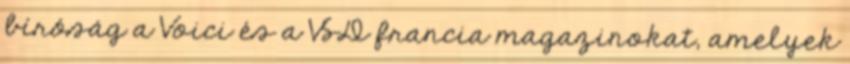
bíróság a Voici és a VSD francia magazinokat, amelyek